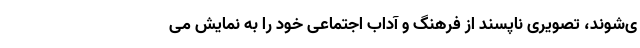
ی‌شوند، تصویری ناپسند از فرهنگ و آداب اجتماعی خود را به نمایش می‌